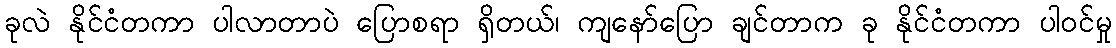
ခုလဲ နိုင်ငံတကာ ပါလာတာပဲ ပြောစရာ ရှိတယ်၊ ကျနော်ပြော ချင်တာက ခု နိုင်ငံတကာ ပါဝင်မှု